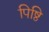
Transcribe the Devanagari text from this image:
पिष्ठि